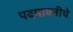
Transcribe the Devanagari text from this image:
पदमावतीचे